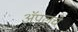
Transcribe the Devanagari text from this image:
ॲपलचे